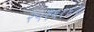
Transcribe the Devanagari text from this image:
२५१६१६२